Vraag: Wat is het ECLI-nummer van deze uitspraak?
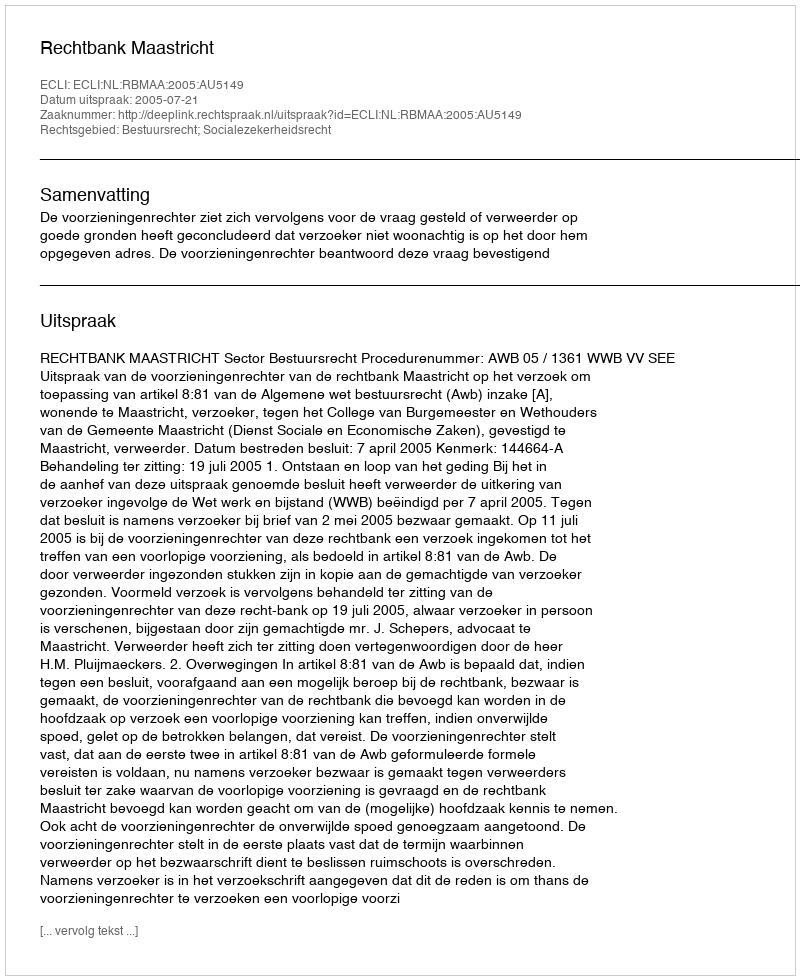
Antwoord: ECLI:NL:RBMAA:2005:AU5149